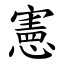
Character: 憲